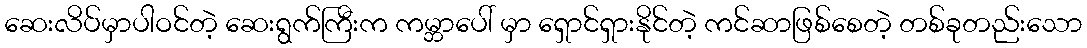
ဆေးလိပ်မှာပါဝင်တဲ့ ဆေးရွက်ကြီးက ကမ္ဘာပေါ် မှာ ရှောင်ရှားနိုင်တဲ့ ကင်ဆာဖြစ်စေတဲ့ တစ်ခုတည်းသော